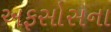
અફસોસના